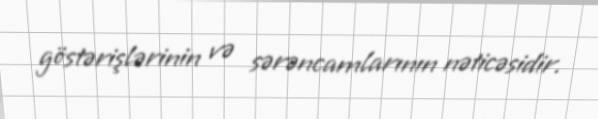
göstərişlərinin və sərəncamlarının nəticəsidir.